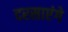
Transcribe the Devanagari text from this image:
दरसाएंगे